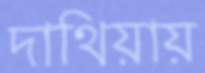
দাথিয়ায়